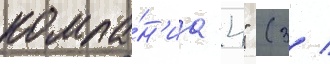
компа́н'иа 4" (3 /